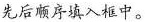
先后顺序填入框中。